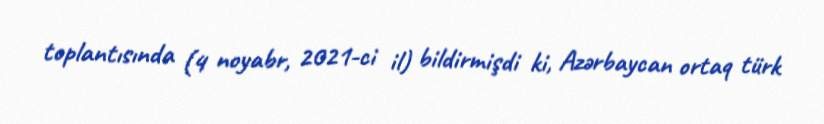
toplantısında (4 noyabr, 2021-ci il) bildirmişdi ki, Azərbaycan ortaq türk